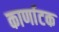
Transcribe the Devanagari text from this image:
कार्णाटक